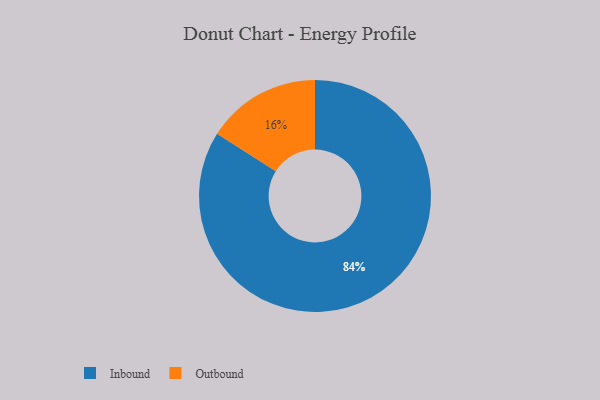
{"axis": {"x": "Category", "y": "Percentage"}, "legend": ["Inbound", "Outbound"], "data": [{"x": "Outbound", "y": 16, "type": "Outbound"}, {"x": "Inbound", "y": 84, "type": "Inbound"}]}